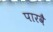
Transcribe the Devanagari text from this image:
पारवै